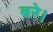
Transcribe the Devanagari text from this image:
बरे।